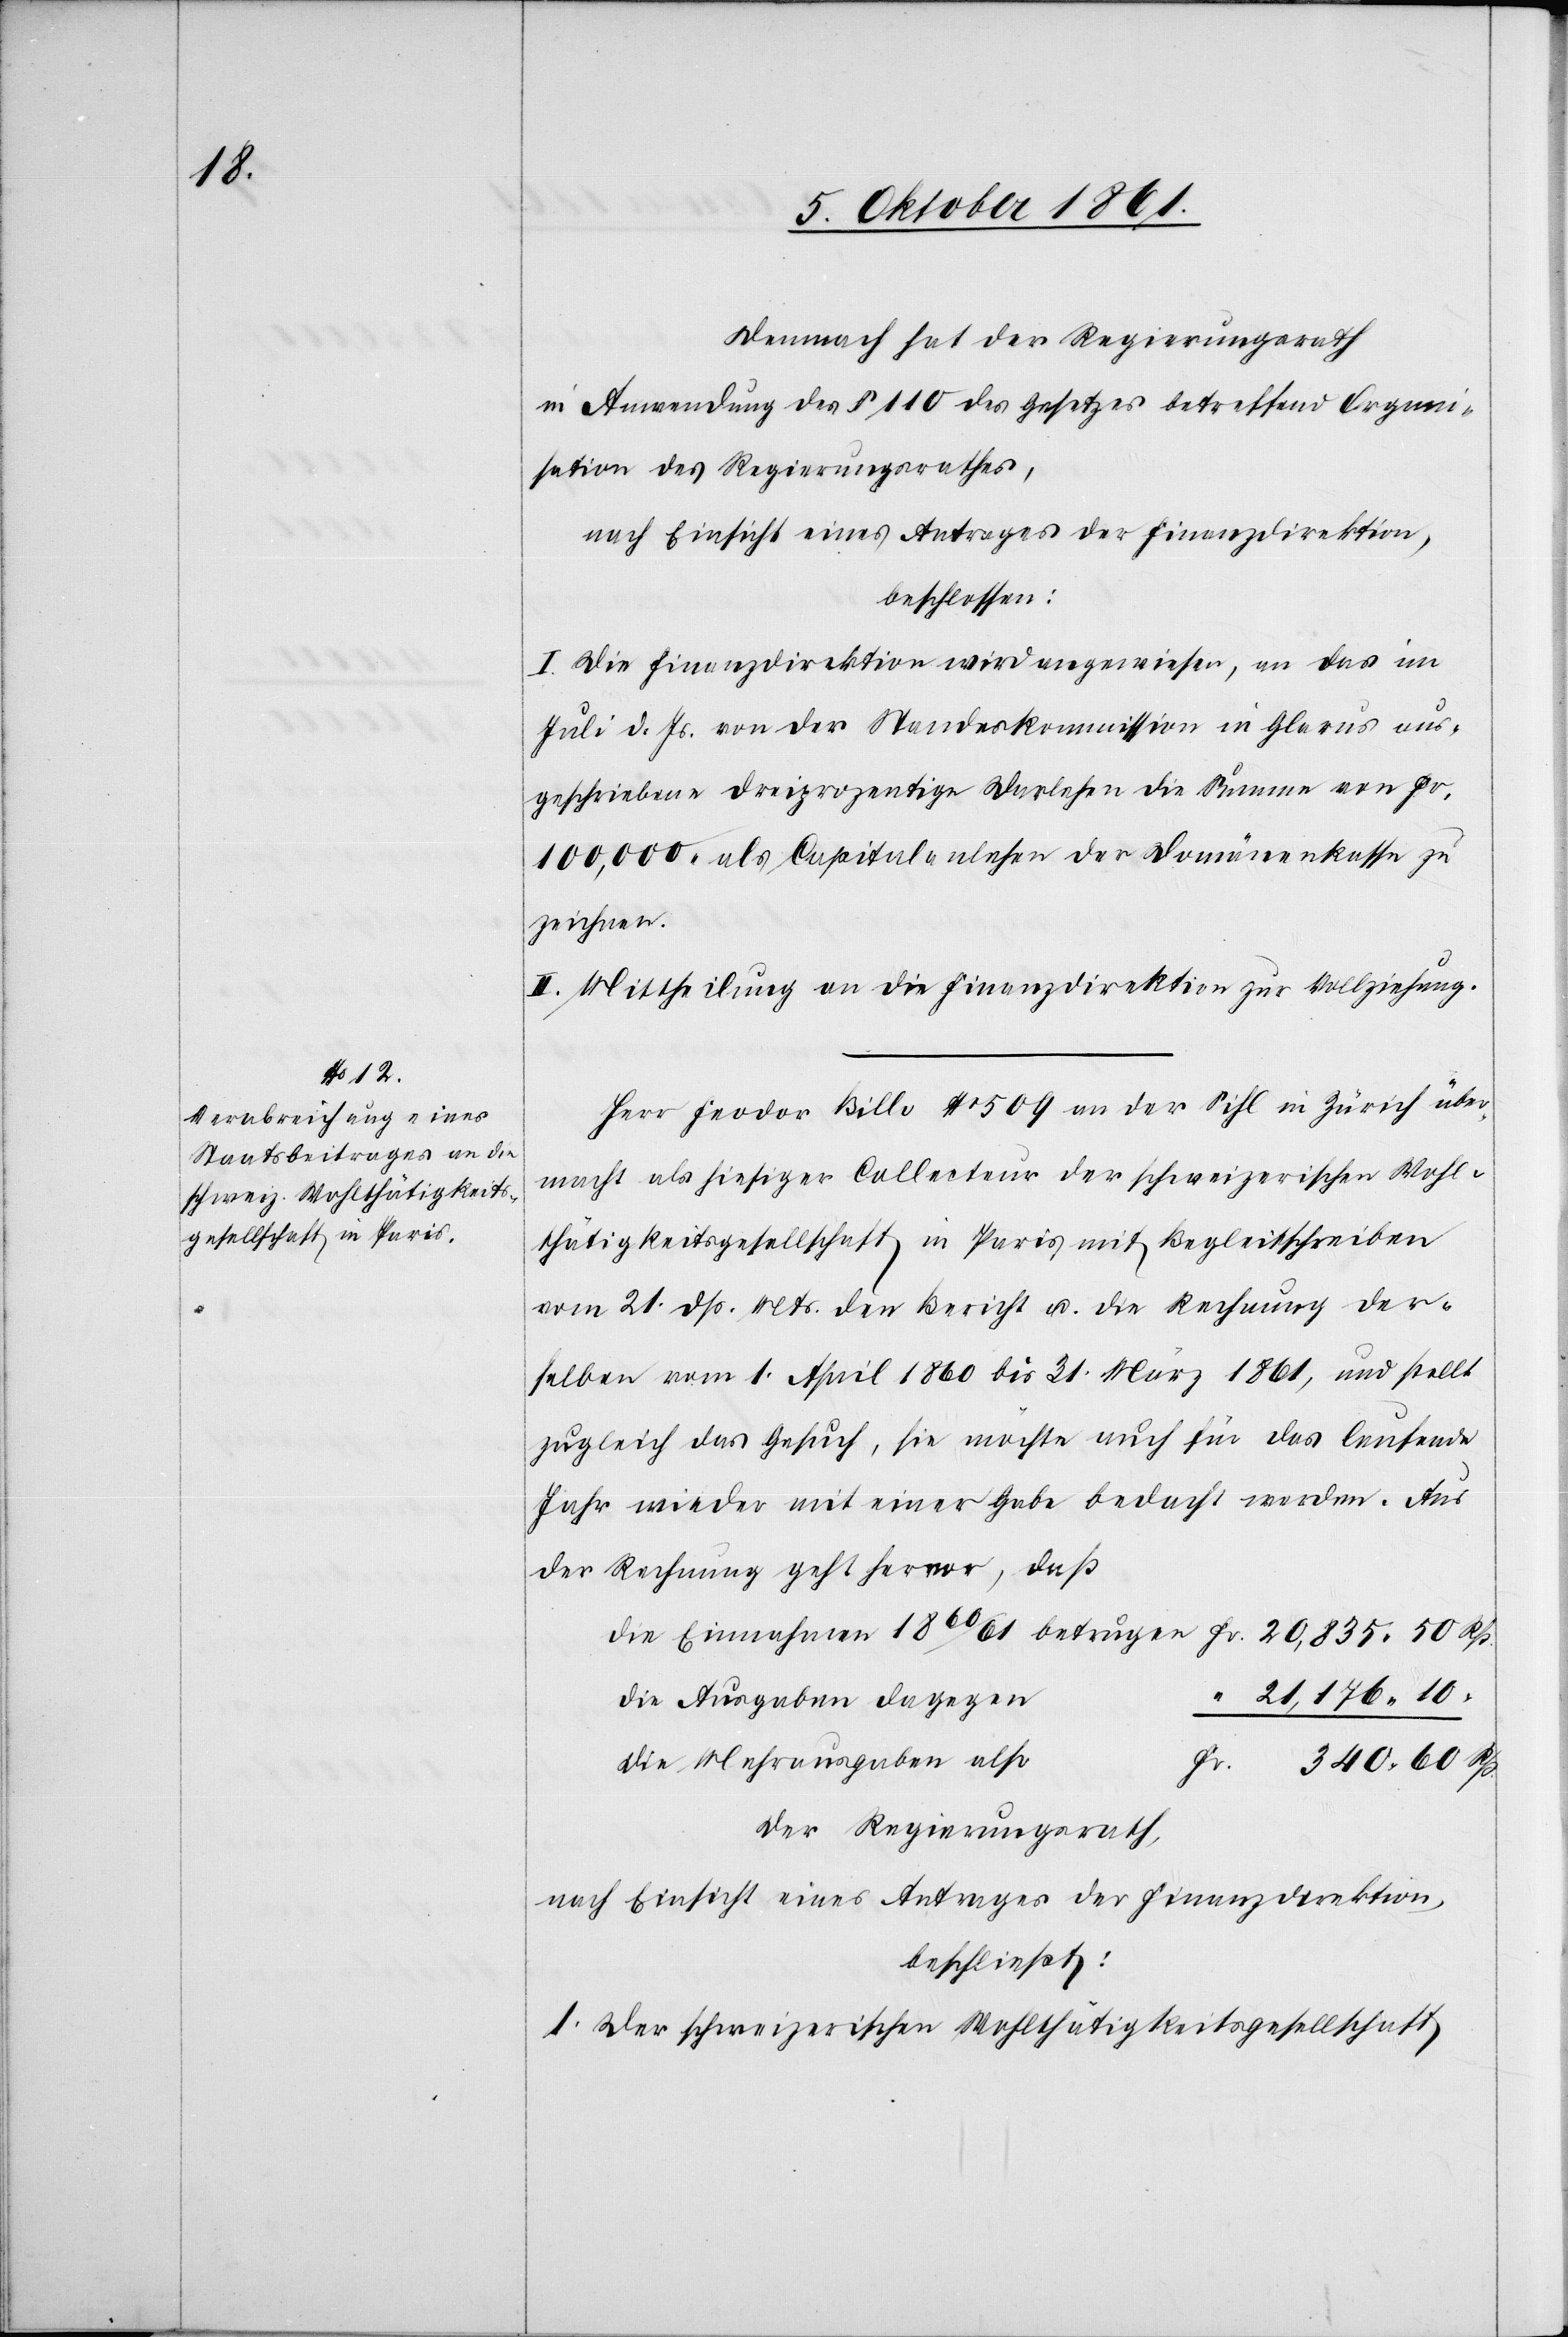
Demnach hat der Regierungsrath
in Anwendung des § 110 des Gesetzes betreffend Organi¬
sation des Regierungsrathes,
nach Einsicht eines Antrages der Finanzdirektion,
beschlossen:
I. Die Finanzdirektion wird angewiesen, an das im
Juli d. Js. von der Standeskommission in Glarus aus¬
geschriebene dreiprozentige Darlehen die Summe von Fr.
100,000 als Capitalanlehen der Domänenkasse zu
zeichnen.
II. Mittheilung an die Finanzdirektion zur Vollziehung.
Herr Feodor [sic!] Billo Nr. 509 an der Sihl in Zürich über¬
macht als hiesiger Collecteur der schweizerischen Wohl¬
thätigkeitsgesellschaft in Paris mit Begleitschreiben
vom 21 dß. Mts. den Bericht u. die Rechnung der¬
selben vom 1 April 1860 bis 31 März 1861, und stellt
zugleich das Gesuch, sie möchte auch für das laufende
Jahr wieder mit einer Gabe bedacht werden. Aus
der Rechnung geht hervor, daß
“ 21,176. 10
die Ausgaben dagegen
die Mehrausgaben also
Fr.
340. 60 Rp.
Der Regierungsrath,
nach Einsicht eines Antrages der Finanzdirektion,
beschließt:
1. Der schweizerischen Wohlthätigkeitsgesellschaft